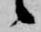
候